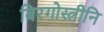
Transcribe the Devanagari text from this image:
बिरगोस्त्रीनि